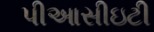
પીઆસીઇટી